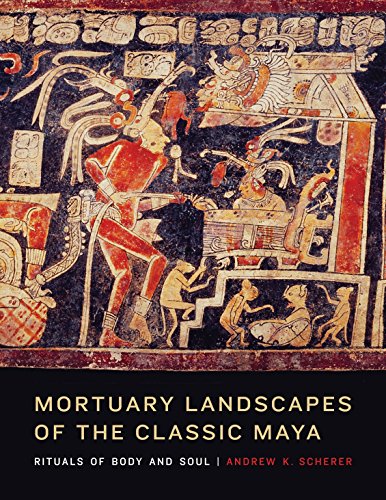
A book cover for Mortuary Landscapes of the Classic Maya: Rituals of Body and Soul (Linda Schele Series in Maya and Pre-Columbian Studies); Andrew K. Scherer; History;